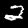
Label: 2